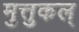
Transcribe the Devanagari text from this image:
मुत्तुकल्